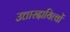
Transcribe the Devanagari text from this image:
उत्तारदायित्वों